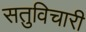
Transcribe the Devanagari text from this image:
सतुविचारी